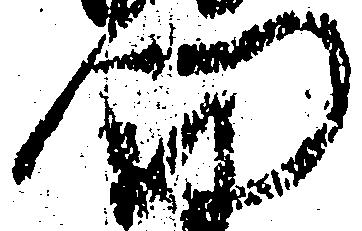
門